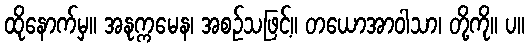
ထိုနောက်မှ။ အနုက္ကမေန၊ အစဉ်သဖြင့်။ တယောအာဝါသာ၊ တို့ကို။ ပ။